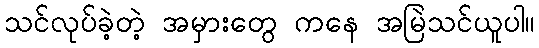
သင်လုပ်ခဲ့တဲ့ အမှားတွေ ကနေ အမြဲသင်ယူပါ။